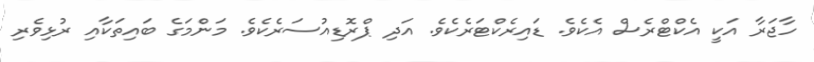
ހާޖަރާ އަކީ އެކްޓްރެސް އެކެވެ. ޑައިރެކްޓަރެކެވެ. އަދި ޕްރޮޑިއުސަރެކެވެ. މަންމަގެ ބައިތަކާއި ރުޅިވެރި